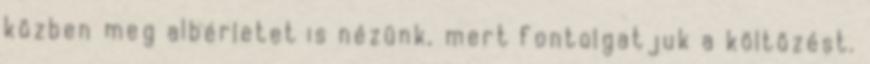
közben meg albérletet is nézünk, mert fontolgatjuk a költözést.